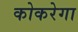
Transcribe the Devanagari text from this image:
कोकरेगा